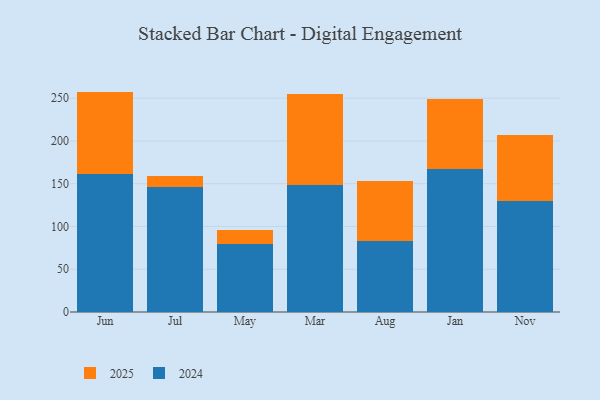
{"axis": {"x": "Month", "y": "Humidity (%)"}, "legend": ["2024", "2025"], "data": [{"x": "Jun", "y": 161.3, "type": "2024"}, {"x": "Jun", "y": 96.4, "type": "2025"}, {"x": "Jul", "y": 146.2, "type": "2024"}, {"x": "Jul", "y": 13.3, "type": "2025"}, {"x": "May", "y": 79.8, "type": "2024"}, {"x": "May", "y": 15.5, "type": "2025"}, {"x": "Mar", "y": 148.4, "type": "2024"}, {"x": "Mar", "y": 106.9, "type": "2025"}, {"x": "Aug", "y": 82.5, "type": "2024"}, {"x": "Aug", "y": 71.0, "type": "2025"}, {"x": "Jan", "y": 167.3, "type": "2024"}, {"x": "Jan", "y": 82.2, "type": "2025"}, {"x": "Nov", "y": 129.9, "type": "2024"}, {"x": "Nov", "y": 77.0, "type": "2025"}]}